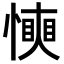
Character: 𢢰